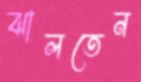
ঝালতেন